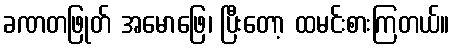
ခဏတဖြုတ် အမောဖြေ၊ ပြီးတော့ ထမင်းစားကြတယ်။